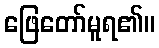
ဖြေတော်မူရ၏။